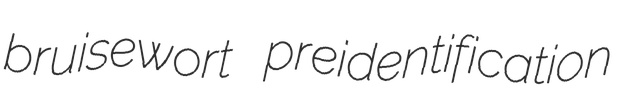
bruisewort preidentification